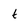
Character: t